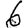
Digit: 6